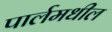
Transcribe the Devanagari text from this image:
पार्लमधील